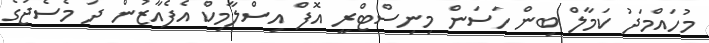
މުހައްމަދު ކަމާލް ބިން ހަސަން މިނިސްޓްރީ އޮފް އިސްލާމިކް އެފެއާޒުން ދަ މެސެޖުގެ